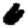
Digit: 6